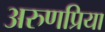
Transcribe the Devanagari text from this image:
अरुणप्रिया